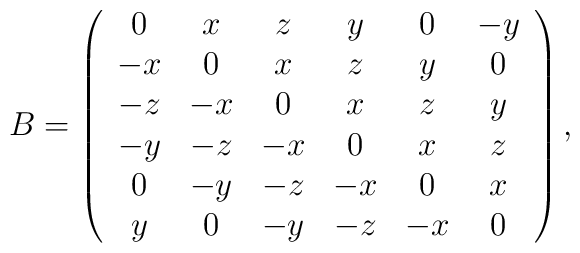
B=\left( \begin{array}{cccccccc}0 & x & z & y & 0 & -y   \\ -x & 0 & x & z & y & 0  \\ -z & -x & 0 & x & z & y \\ -y & -z & -x & 0 & x & z   \\ 0 & -y & -z & -x & 0 & x   \\ y & 0 & -y & -z & -x & 0  \end{array}\right),